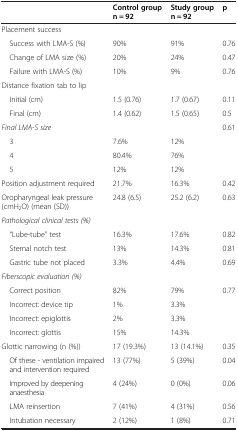
<table><thead><tr><td><b> </b></td><td><b>Control group n = 92</b></td><td><b>Study group n = 92</b></td><td><b>p</b></td></tr></thead><tbody><tr><td>Placement success</td><td> </td><td> </td><td> </td></tr><tr><td> Success with LMA-S (%)</td><td>90%</td><td>91%</td><td>0.76</td></tr><tr><td> Change of LMA size (%)</td><td>20%</td><td>24%</td><td>0.47</td></tr><tr><td> Failure with LMA-S (%)</td><td>10%</td><td>9%</td><td>0.76</td></tr><tr><td>Distance fixation tab to lip</td><td> </td><td> </td><td> </td></tr><tr><td> Initial (cm)</td><td>1.5 (0.76)</td><td>1.7 (0.67)</td><td>0.11</td></tr><tr><td> Final (cm)</td><td>1.4 (0.62)</td><td>1.5 (0.65)</td><td>0.5</td></tr><tr><td><i>Final LMA-S size</i></td><td> </td><td> </td><td>0.61</td></tr><tr><td> 3</td><td>7.6%</td><td>12%</td><td> </td></tr><tr><td> 4</td><td>80.4%</td><td>76%</td><td> </td></tr><tr><td> 5</td><td>12%</td><td>12%</td><td> </td></tr><tr><td>Position adjustment required</td><td>21.7%</td><td>16.3%</td><td>0.42</td></tr><tr><td>Oropharyngeal leak pressure (cmH<sub>2</sub>O) (mean (SD))</td><td>24.8 (6.5)</td><td>25.2 (6.2)</td><td>0.63</td></tr><tr><td><i>Pathological clinical tests (%)</i></td><td> </td><td> </td><td> </td></tr><tr><td> “Lube-tube” test</td><td>16.3%</td><td>17.6%</td><td>0.82</td></tr><tr><td> Sternal notch test</td><td>13%</td><td>14.3%</td><td>0.81</td></tr><tr><td> Gastric tube not placed</td><td>3.3%</td><td>4.4%</td><td>0.69</td></tr><tr><td><i>Fiberscopic evaluation (%)</i></td><td> </td><td> </td><td> </td></tr><tr><td> Correct position</td><td>82%</td><td>79%</td><td>0.77</td></tr><tr><td> Incorrect: device tip</td><td>1%</td><td>3.3%</td><td> </td></tr><tr><td> Incorrect: epiglottis</td><td>2%</td><td>3.3%</td><td> </td></tr><tr><td> Incorrect: glottis</td><td>15%</td><td>14.3%</td><td> </td></tr><tr><td>Glottic narrowing (n (%))</td><td>17 (19.3%)</td><td>13 (14.1%)</td><td>0.35</td></tr><tr><td> Of these - ventilation impaired and intervention required</td><td>13 (77%)</td><td>5 (39%)</td><td>0.04</td></tr><tr><td> Improved by deepening anaesthesia</td><td>4 (24%)</td><td>0 (0%)</td><td>0.06</td></tr><tr><td> LMA reinsertion</td><td>7 (41%)</td><td>4 (31%)</td><td>0.56</td></tr><tr><td> Intubation necessary</td><td>2 (12%)</td><td>1 (8%)</td><td>0.71</td></tr></tbody></table>